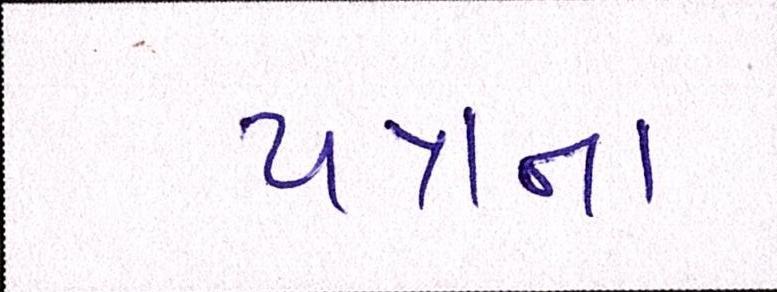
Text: પત્રના